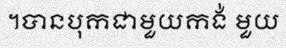
។បានបុកជាមួយកង់ មួយ